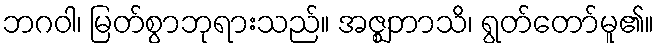
ဘဂဝါ၊ မြတ်စွာဘုရားသည်။ အဇ္ဈဘာသိ၊ ရွတ်တော်မူ၏။